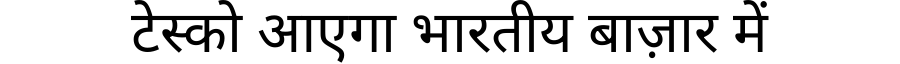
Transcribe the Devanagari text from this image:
टेस्को आएगा भारतीय बाज़ार में